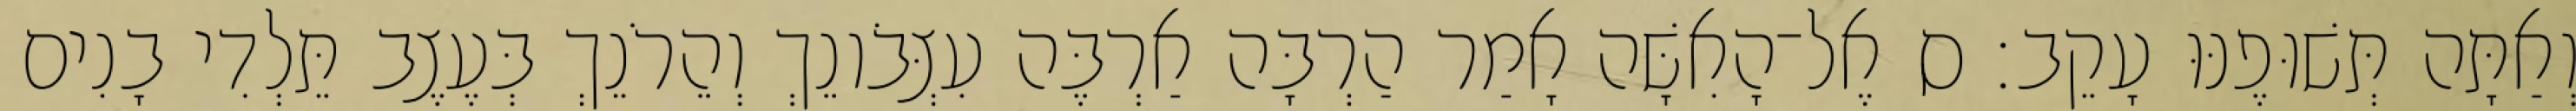
וְאַתָּה תְּשׁוּפֶנּוּ עָקֵב׃ ס אֶל־הָאִשָּׁה אָמַר הַרְבָּה אַרְבֶּה עִצְּבֹונֵךְ וְהֵרֹנֵךְ בְּעֶצֶב תֵּלְדִי בָנִים